Annual report on the lock hospitals of the Madras Presidency
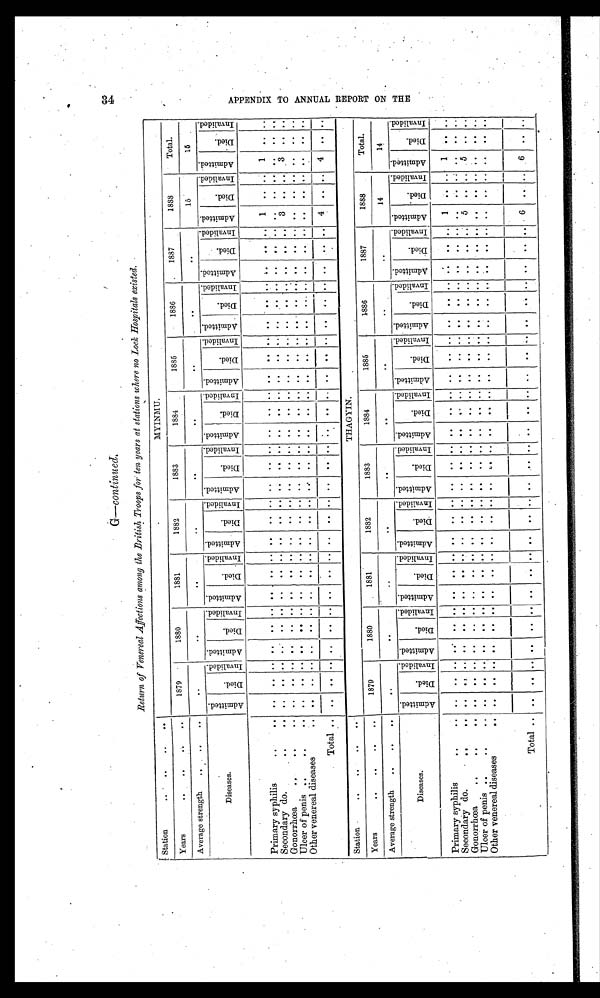
G—continued
Return of Venereal Affections among the British Troops for ten years at stations where no Lock Hospitals existed.
Station
. .
..
. .
..
..
M Y I N M U .
Years
. .
..
. . ..
..
1879
1880
1881
1882
1883
1884
1885
1886
1887
1888
Total.
Average strength
. .
. .
..
..
..
..
. .
..
..
..
..
..
15
15
Diseases,
A d m i t t e d .
D i e d .
I n v a l i d e d .
A d m i t t e d .
D i e d .
I n v a l i d e d .
A d m i t t e d .
D i e d .
I n v a l i d e d .
A d m i t t e d .
D i e d .
I n v a l i d e d .
A d m i t t e d .
D i e d .
I n v a l i d e d .
A d m i t t e d .
D i e d .
I nval i ded.
A d m i t t e d .
Died.
I nval i ded.
Admi tted.
D i e d .
I nval i ded. Admi t t ed.
D i e d .
I n v a l i d e d . Admi t t ed.
Di e d
I n v a l i d e d .
A d m i t t e d .
D i e d .
I n v a l i d e d .
Primary syphilis
..
..
..
. . .
..
. .
..
..
..
..
..
. .
..
..
. .
..
. . . .
..
. .
..
..
..
..
..
. .
. .
1
. .
. .
1
. .
. .
Secondary do.
..
..
..
. .
..
. .
..
..
..
..
..
..
. .
..
. .
..
..
. .
..
..
..
..
..
..
. .
..
. .
..
..
. .
. .
..
..
..
..
Gonorrhœa
..
..
..
••
. .
..
. .
..
. .
. .
. .
. .
. .
. .
. .
..
. .
..
. .
..
..
..
. .
..
..
. .
..
..
. .
. .
3 . .
. . 3
. .
. .
Ulcer of penis ..
..
..
..
. .
. . ..
..
. . . .
. .
. . . .
. .
. .
..
. .
. . ..
.. ..
..
. . .. ..
. .
..
..
. .
. . ..
. .
. . ..
..
..
Other venereal diseases
..
..
. .
. . ..
..
. .
. .
. .
. . . .
. .
. . ..
. .
. . ..
.. ..
..
.. .. ..
.. ..
..
. .
..
. .
. .
..
..
..
..
..
..
..
..
Total ..
..
. .
..
. .
..
..
..
..
..
..
. .
..
..
..
.. ..
..
..
..
..
..
..
.. ..
..
. .
. .
..
. .
. .
. .
..
..
Station
.. ..
..
. .
..
..
THAGYIN.
Years
.. ..
.. . .
. .
..
1879
1880
1881
1882
1883
1884
1885
1886
1887
1888
Total.
Average strength
..
. .
. .
..
..
..
..
. .
..
..
..
..
..
14
14
Diseases.
A d m i t t e d .
D i e d .
I n v a l i d e d . Admi t t ed.
Died.
I n v a l i d e d .
A d m i t t e d .
D i e d .
I n v a l i d e d .
A d m i t t e d .
D i e d .
I n v a l i d e d . A d mi t t e d .
Died.
I n v a l i d e d .
A d m i t t e d .
D i e d .
I n v a l i d e d .
A d m i t t e d .
Died.
I nval i ded. Admi t t ed.
D i e d .
I nval i ded. Admi t t ed.
D i e d .
I n v a l i d e d .
A d m i t t e d .
D i e d .
I n v a l i d e d . Admi t t ed.
D i e d .
I n v a l i d e d .
Primary syphilis
..
..
..
. .
. . ..
..
. . . .
. .
. . . .
. .
..
..
. .
. .
.. ..
..
. .
..
..
. .
..
. .
1
..
.. 1
..
..
Secondary do.
..
..
..
. .
. .
..
..
..
. .
..
..
. .
. .
. .
..
..
. .
..
. .
..
..
. .
..
..
. .
..
..
.. ..
..
..
..
....
. .
..
Gonorrhœa
..
..
..
..
. .
..
..
..
..
. .
..
..
..
. .
..
..
..
..
..
..
..
..
. .
.. ..
. .
..
..
. .
..
5
••
..
5
. .
. .
Ulcer of penis
. .
..
..
..
. .
. . ..
..
..
. .
..
..
..
. .
..
..
..
. .
..
.. ..
..
..
..
..
. .
..
..
.. ..
..
. .
..
..
..
..
Other venereal diseases
..
..
. .
. . ..
..
..
. .
. .
. .
. .
. .
. .
..
..
. .
..
..
..
..
..
..
..
. .
..
..
.. ..
..
. .
..
..
..
Total ..
..
. .
..
..
..
. . . .
. .
..
. .
. .
. .
..
..
. .
..
..
..
..
..
..
..
..
. .
..
. .
. .
6
..
.. 6
..
. .
A P P E N D I X T O A N N U A L R E P O R T O N T H E